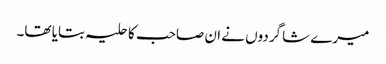
میرے شاگردوں نے ان صاحب کا حلیہ بتایا تھا۔